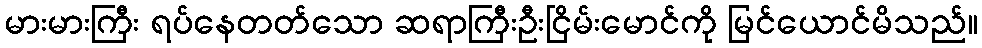
မားမားကြီး ရပ်နေတတ်သော ဆရာကြီးဦးငြိမ်းမောင်ကို မြင်ယောင်မိသည်။